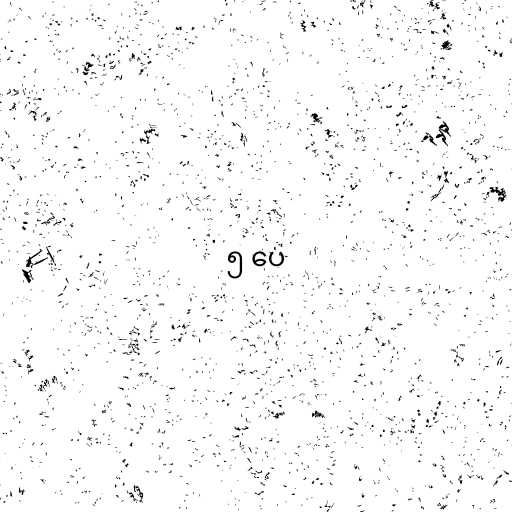
၅ ပေ